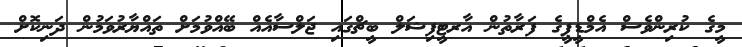
މީގެ ކުރިންވެސް އެމްޑީޕީގެ ފަރާތުން އާރޓީފިޝަލް ބީޗްގައި ޖަލްސާއެއް ބޭއްވުމަށް ތައްޔާރުވަމުން ދަނިކޮށް